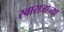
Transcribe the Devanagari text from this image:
स्वाराजाच्या